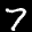
Label: 7